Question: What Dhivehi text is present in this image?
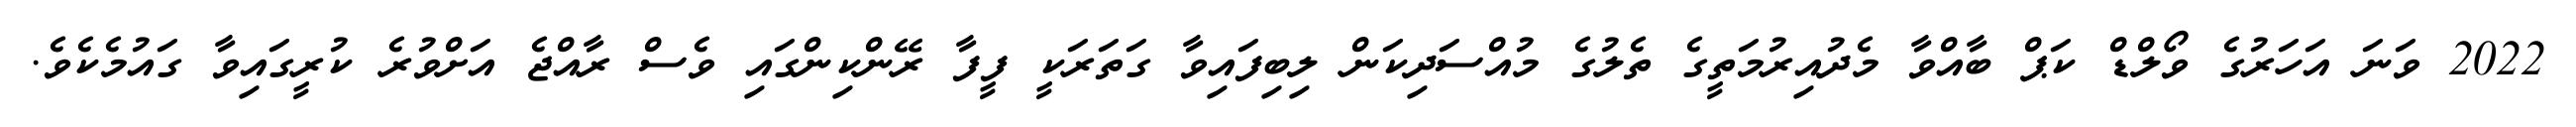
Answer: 2022 ވަނަ އަހަރުގެ ވޯލްޑް ކަޕް ބާއްވާ މެދުއިރުމަތީގެ ތެލުގެ މުއްސަދިކަން ލިބިފައިވާ ގަތަރަކީ ފީފާ ރޭންކިންގައި ވެސް ރާއްޖެ އަށްވުރެ ކުރީގައިވާ ގައުމެކެވެ.